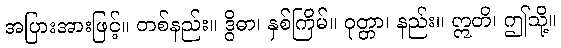
အပြားအားဖြင့်။ တစ်နည်း။ ဒွိဓာ၊ နှစ်ကြိမ်။ ဝုတ္တာ၊ နည်း။ ဣတိ၊ ဤသို့။